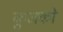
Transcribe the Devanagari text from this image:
कुजको